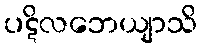
ပဋိလဘေယျာသိ